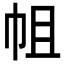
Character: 𢂈